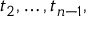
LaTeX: t _ { 2 } , \ldots , t _ { n - 1 } ,